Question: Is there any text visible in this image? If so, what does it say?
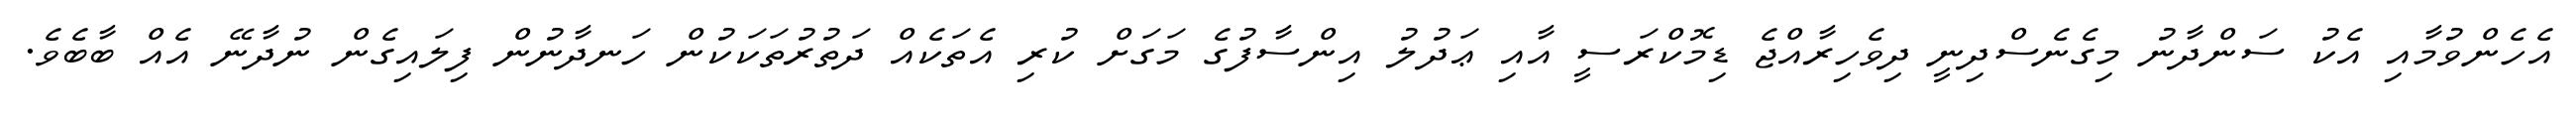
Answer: އެހެންވުމާއި އެކު ސަންދާނު މިގެނެސްދިނީ ދިވެހިރާއްޖެ ޑިމޮކްރަސީ އާއި ޢަދުލު އިންސާފުގެ މަގަށް ކުރި އެތަކެއް ދަތުރުތަކަކުން ހަނދާނުން ފިލައިގެން ނުދާނޭ އެއް ބާބެވެ.